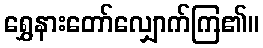
ရွှေနားတော်လျှောက်ကြ၏။